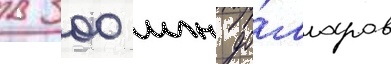
в 300 млн до́лларов